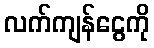
လက်ကျန်ငွေကို